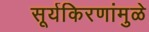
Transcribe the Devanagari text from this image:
सूर्यकिरणांमुळे